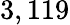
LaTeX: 3,119